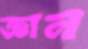
জ্ঞান